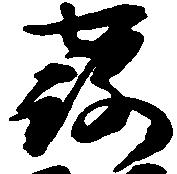
露